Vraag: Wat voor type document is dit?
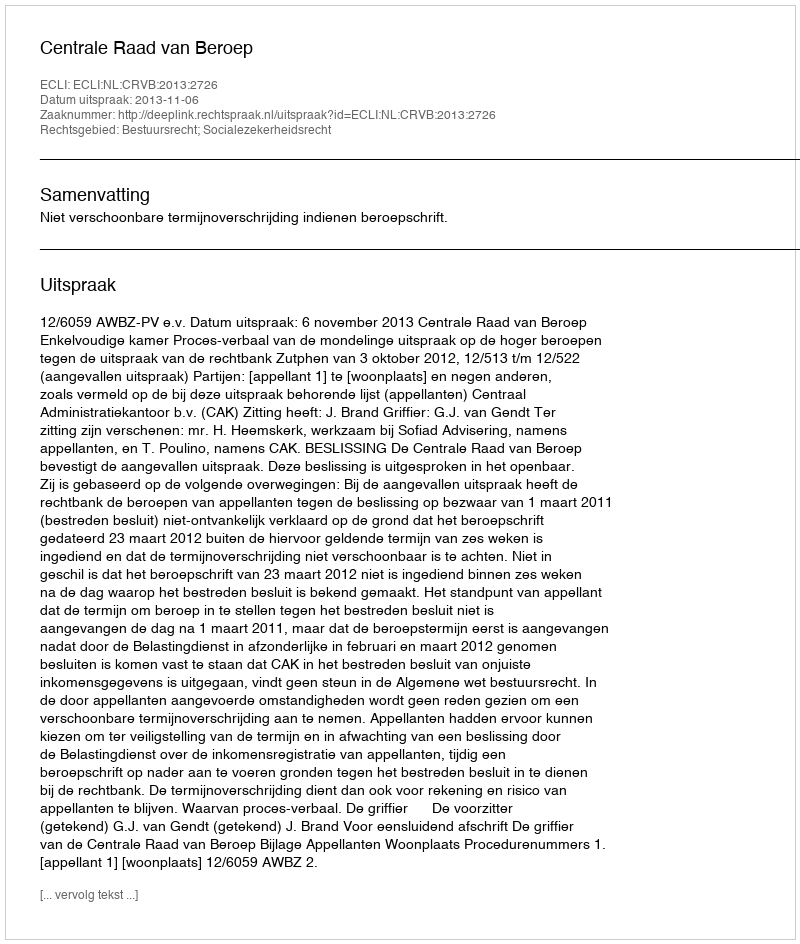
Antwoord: Uitspraak